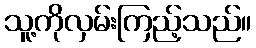
သူ့ကိုလှမ်းကြည့်သည်။